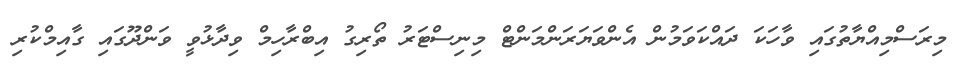
މިރަސްމިއްޔާތުގައި ވާހަކަ ދައްކަވަމުން އެންވަޔަރަންމަންޓް މިނިސްޓަރު ތޯރިގު އިބްރާހިމް ވިދާޅުވީ ވަންދޫގައި ގާއިމްކުރި